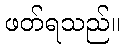
ဖတ်ရသည်။